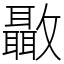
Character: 𣀳